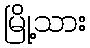
မြို့သား